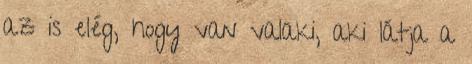
az is elég, hogy van valaki, aki látja a